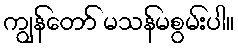
ကျွန်တော် မသန်မစွမ်းပါ။